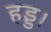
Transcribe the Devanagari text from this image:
हड्ड।